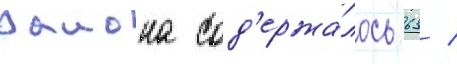
раиона сод'ержа́лось 63 /